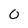
Character: 0